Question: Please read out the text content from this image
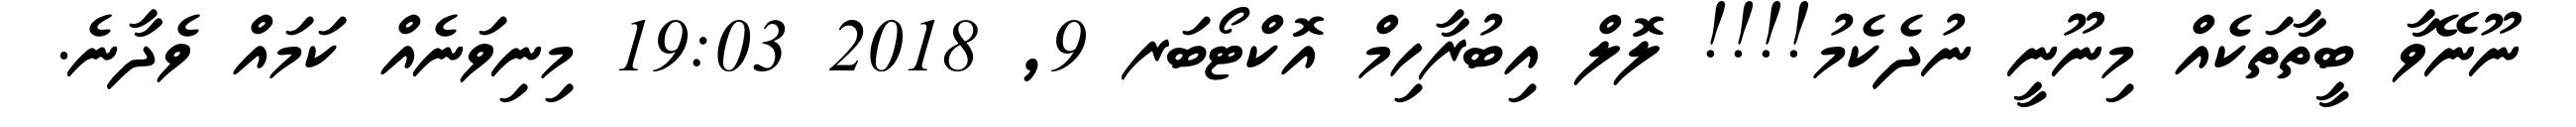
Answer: ނޫނޭވާ ބީތާތަކެއް މިނޫނީ ނުދެކެމު!!!! ލޮލް އިބުރާހިމް އޮކްޓޯބަރ 9, 2018 19:03 މިނިވަނެއް ކަމައް ވެދާނެ.